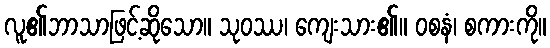
လူ၏ဘာသာဖြင့်ဆိုသော။ သုဝဿ၊ ကျေးသား၏။ ဝစနံ၊ စကားကို။